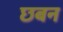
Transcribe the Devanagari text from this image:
छबन